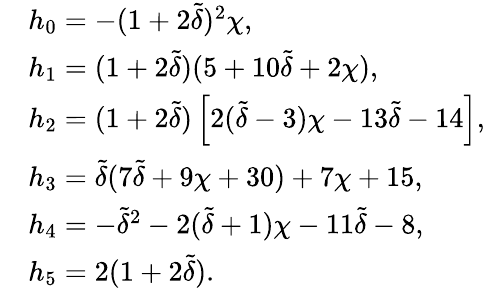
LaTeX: \begin{array}{rl}&{h_{0}=-(1+2\tilde{\delta})^{2}\chi,}\\ &{h_{1}=(1+2\tilde{\delta})(5+10\tilde{\delta}+2\chi),}\\ &{h_{2}=(1+2\tilde{\delta})\left[2(\tilde{\delta}-3)\chi-13\tilde{\delta}-14\right],}\\ &{h_{3}=\tilde{\delta}(7\tilde{\delta}+9\chi+30)+7\chi+15,}\\ &{h_{4}=-\tilde{\delta}^{2}-2(\tilde{\delta}+1)\chi-11\tilde{\delta}-8,}\\ &{h_{5}=2(1+2\tilde{\delta}).}\end{array}